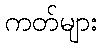
ကတ်များ